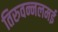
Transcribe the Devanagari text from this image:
तिरुवन्नलमई